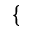
\{